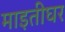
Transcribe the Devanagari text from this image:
माइतीघर